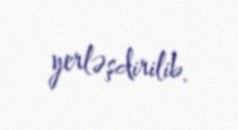
yerləşdirilib.